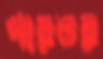
পারঙর